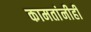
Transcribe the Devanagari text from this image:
कामतांनीही